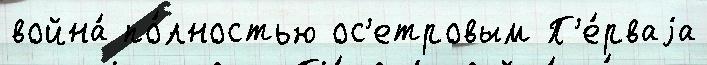
война́ по́лностью ос'етровым П'е́рваjа